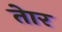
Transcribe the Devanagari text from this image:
तेार